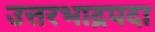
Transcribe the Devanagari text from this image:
उत्तरभाद्रपदा